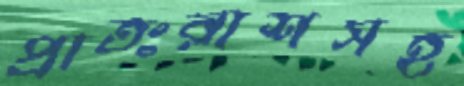
প্রাতঃরাশসহ